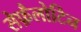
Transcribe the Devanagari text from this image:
सेफ़ैलोटिन